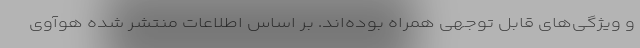
و ویژگی‌های قابل توجهی همراه بوده‌اند. بر اساس اطلاعات منتشر شده هوآوی